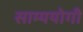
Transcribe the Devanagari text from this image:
साम्ययोगी